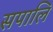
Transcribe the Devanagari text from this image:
सपालि